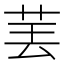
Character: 𱽝